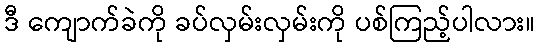
ဒီ ကျောက်ခဲကို ခပ်လှမ်းလှမ်းကို ပစ်ကြည့်ပါလား။